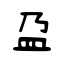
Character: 盁